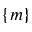
\{ m \}